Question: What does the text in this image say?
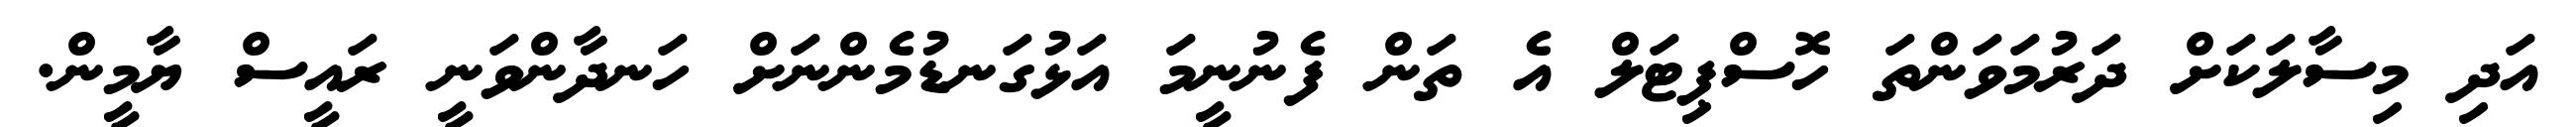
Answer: އަދި މިސާލަކަށް ދަރުމަވަންތަ ހޮސްޕިޓަލް އެ ތަން ފެނުނީމަ އަޅުގަނޑުމެންނަށް ހަނދާންވަނީ ރައީސް ޔާމީން.